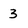
Character: 3